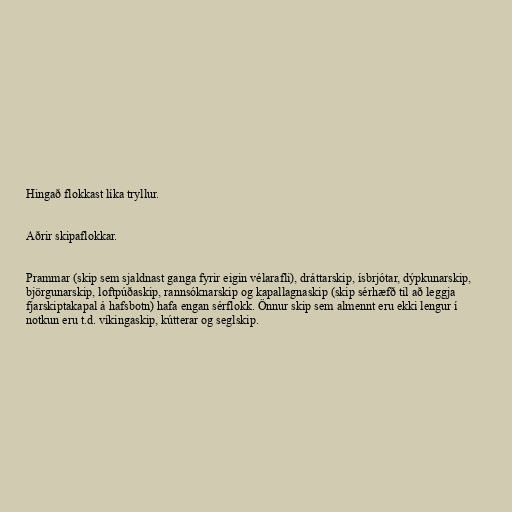
Hingað flokkast líka tryllur.

Aðrir skipaflokkar.

Prammar (skip sem sjaldnast ganga fyrir eigin vélarafli), dráttarskip, ísbrjótar, dýpkunarskip,
björgunarskip, loftpúðaskip, rannsóknarskip og kapallagnaskip (skip sérhæfð til að leggja
fjarskiptakapal á hafsbotn) hafa engan sérflokk. Önnur skip sem almennt eru ekki lengur í
notkun eru t.d. víkingaskip, kútterar og seglskip.